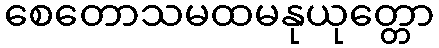
စေတောသမထမနုယုတ္တော